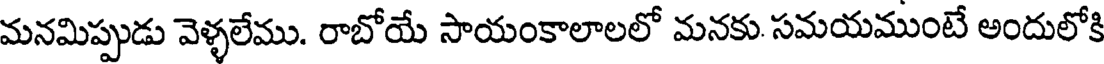
మనమిప్పుడు వెళ్ళలేము. రాబోయే సాయంకాలాలలో మనకు. సమయముంటే అందులోకి